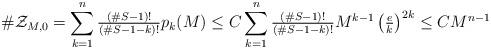
LaTeX: \begin{gather*}\#\mathcal{Z}_{M,0} = \sum_{k=1}^n \tfrac{(\#S-1)!}{(\#S-1-k)!}p_k(M) \leq C\sum_{k=1}^n \tfrac{(\#S-1)!}{(\#S-1-k)!}M^{k-1} \left(\tfrac{e}{k}\right)^{2k} \leq C M^{n-1}\end{gather*}